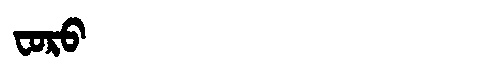
Manchu: ᠸᠣᡵᠣ
Romanization: FORO